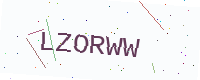
Text: LZORWW